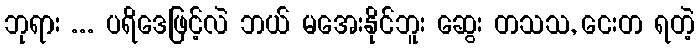
ဘုရား ... ပရိဒေဖြင့်လဲ ဘယ် မအေးနိုင်ဘူး ဆွေး တသသ, ငေးတ ရတဲ့